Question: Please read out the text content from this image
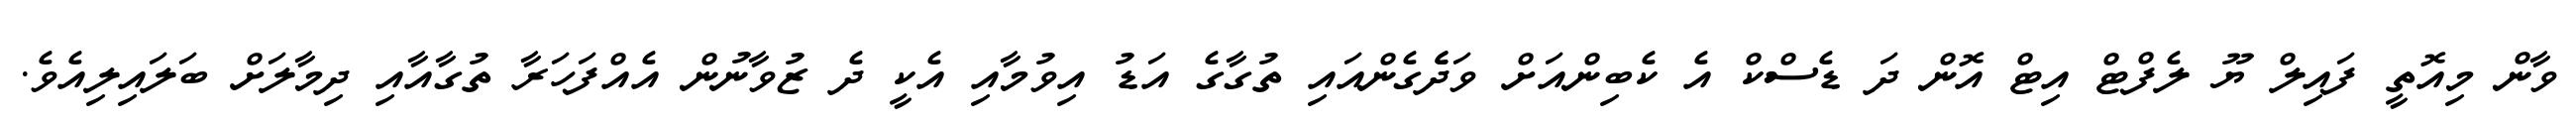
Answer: ވާން މިއޮތީ ފައިލް ޔޫ ލެފްޓް އިޓް އޮން ދަ ޑެސްކް އެ ކެބިންއަށް ވަދެެގެންއައި ތުގާގެ އަޑު އިވުމާއި އެކީ ދެ ޒުވާނުން އެއްފަހަރާ ތުގާއާއި ދިމާލަށް ބަލައިލިއެވެ.